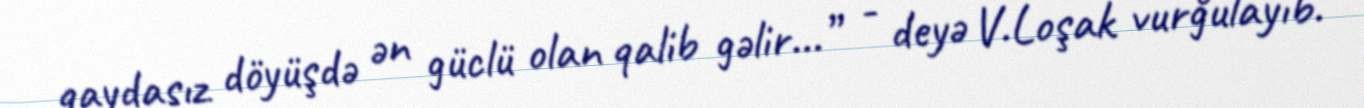
qaydasız döyüşdə ən güclü olan qalib gəlir...” - deyə V.Loşak vurğulayıb.